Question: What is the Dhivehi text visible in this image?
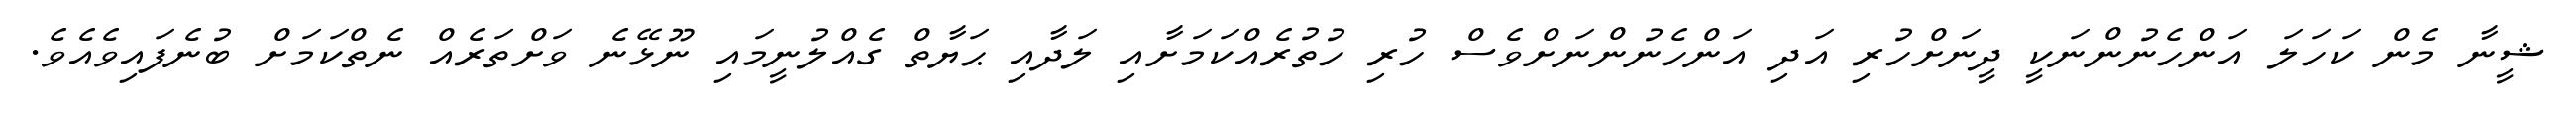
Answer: ޝީނާ މެން ކަހަލަ އަންހެނުންނަކީ ދީނަށްހުރި އަދި އަންހެނުންނަށްވެސް ހުރި ހުތުރެއްކަމަށާއި ލަދާއި ޙަޔާތް ގެއްލުނީމައި ނޫޅޭނެ ވަށްތަރެއް ނެތްކަމަށް ބުނެފައިވެއެވެ.